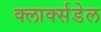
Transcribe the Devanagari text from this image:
क्लार्क्सडेल